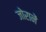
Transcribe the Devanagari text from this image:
जोरानें